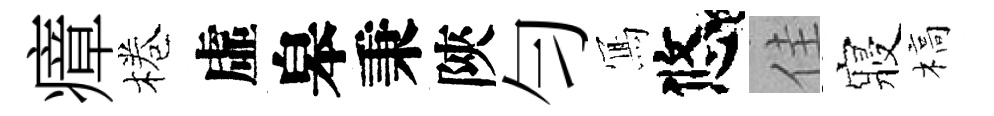
瘴棬虛皋秉陝匀𭂁悠佳寢槁